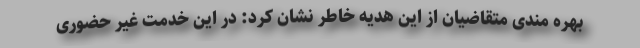
بهره مندی متقاضیان از این هدیه خاطر نشان کرد: در این خدمت غیر حضوری